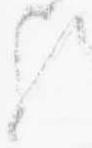
歟